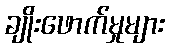
ချိုးဖောက်မှုများ